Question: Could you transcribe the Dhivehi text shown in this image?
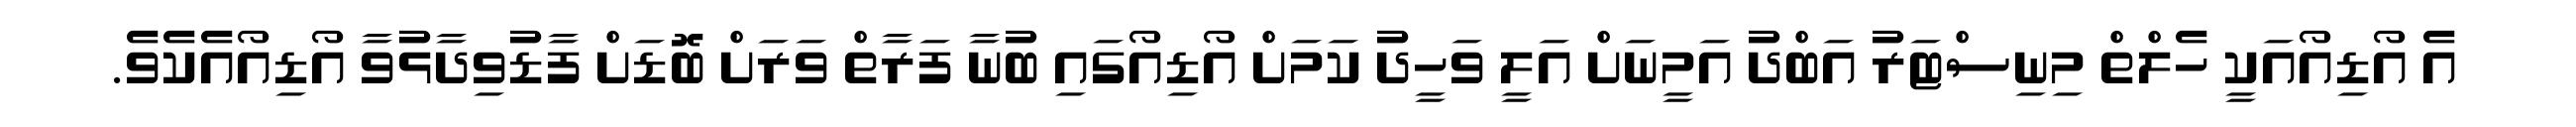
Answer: އެ އޯޑިއޯއަކީ ހެލްތް މިނިސްޓަރު އަބްދު އަމީނަށް އަލީ ވަހީދު ކަމަށް އޯޑިއޯގައި ބުނާ ފަރާތް ވަރަށް ބޮޑަށް ފާޑުވިދާޅުވާ އޯޑިއޯއެކެވެ.